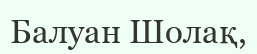
Балуан Шолақ,